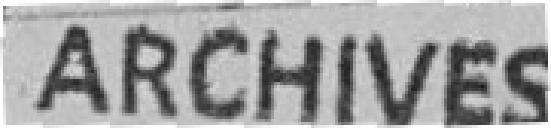
Archives